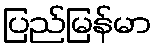
ပြည်မြန်မာ